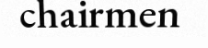
chairmen